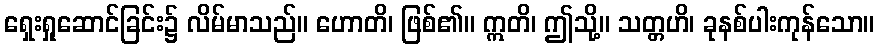
ရှေးရှုဆောင်ခြင်း၌ လိမ်မာသည်။ ဟောတိ၊ ဖြစ်၏။ ဣတိ၊ ဤသို့။ သတ္တဟိ၊ ခုနစ်ပါးကုန်သော။